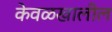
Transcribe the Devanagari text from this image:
केवळखालील